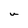
Character: U